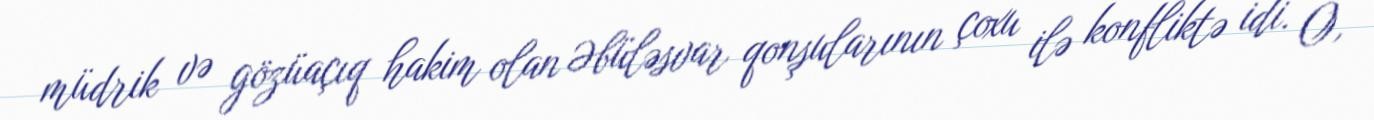
müdrik və gözüaçıq hakim olan Əbüləsvar qonşularının çoxu ilə konfliktə idi. O,